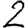
Digit: 2